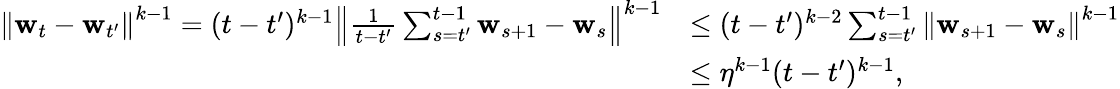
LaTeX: \begin{array}{rl}{\left\lVert\mathbf{w}_{t}-\mathbf{w}_{t^{\prime}}\right\rVert^{k-1}=(t-t^{\prime})^{k-1}\left\lVert\frac{1}{t-t^{\prime}}\sum_{s=t^{\prime}}^{t-1}\mathbf{w}_{s+1}-\mathbf{w}_{s}\right\rVert^{k-1}}&{\leq(t-t^{\prime})^{k-2}\sum_{s=t^{\prime}}^{t-1}\left\lVert\mathbf{w}_{s+1}-\mathbf{w}_{s}\right\rVert^{k-1}}\\ &{\leq\eta^{k-1}(t-t^{\prime})^{k-1},}\end{array}